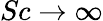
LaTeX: Sc\rightarrow\infty